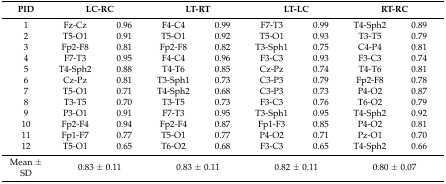
| PID | <COLSPAN=2> LC-RC | <COLSPAN=2> LT-RT | <COLSPAN=2> LT-LC | <COLSPAN=2> RT-RC |
 | --- | --- | --- | --- | --- | --- | --- | --- | --- |
 | 1 | Fz-Cz | 0.96 | F4-C4 | 0.99 | F7-T3 | 0.99 | T4-Sph2 | 0.89 |
 | 2 | T5-O1 | 0.91 | T5-O1 | 0.92 | T5-O1 | 0.93 | T3-T5 | 0.79 |
 | 3 | Fp2-F8 | 0.81 | Fp2-F8 | 0.82 | T3-Sph1 | 0.75 | C4-P4 | 0.81 |
 | 4 | F7-T3 | 0.95 | F4-C4 | 0.96 | F3-C3 | 0.93 | F3-C3 | 0.74 |
 | 5 | T4-Sph2 | 0.88 | T4-T6 | 0.85 | Cz-Pz | 0.74 | T4-T6 | 0.81 |
 | 6 | Cz-Pz | 0.81 | T3-Sph1 | 0.73 | C3-P3 | 0.79 | Fp2-F8 | 0.78 |
 | 7 | T5-O1 | 0.71 | T4-Sph2 | 0.68 | C3-P3 | 0.73 | P4-O2 | 0.87 |
 | 8 | T3-T5 | 0.70 | T3-T5 | 0.73 | F3-C3 | 0.76 | T6-O2 | 0.79 |
 | 9 | P3-O1 | 0.91 | F7-T3 | 0.95 | T3-Sph1 | 0.95 | T4-Sph2 | 0.92 |
 | 10 | Fp2-F4 | 0.94 | Fp2-F4 | 0.87 | Fp1-F3 | 0.85 | P4-O2 | 0.81 |
 | 11 | Fp1-F7 | 0.77 | T5-O1 | 0.77 | P4-O2 | 0.71 | Pz-O1 | 0.70 |
 | 12 | T5-O1 | 0.65 | T6-O2 | 0.68 | F3-C3 | 0.65 | T4-Sph2 | 0.66 |
 | Mean ± SD | <COLSPAN=2> 0.83 ± 0.11 | <COLSPAN=2> 0.83 ± 0.11 | <COLSPAN=2> 0.82 ± 0.11 | <COLSPAN=2> 0.80 ± 0.07 |